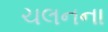
ચલનના